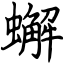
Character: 蠏